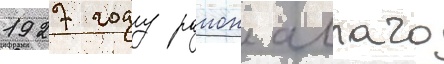
1927 году раион аллаго